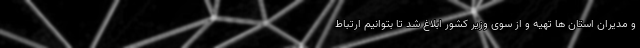
و مدیران استان ها تهیه و از سوی وزیر کشور ابلاغ شد تا بتوانیم ارتباط